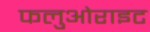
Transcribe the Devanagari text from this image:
फलुओराइट